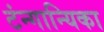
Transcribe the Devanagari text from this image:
टंन्गान्यिका